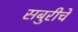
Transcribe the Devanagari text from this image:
सबुरीचे